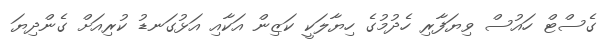
ގެސްޓް ހައުސް ވިޔަފާރި ހެދުމުގެ ހިޔާލަކީ ކަޒިން އަކާއި އަޅުގަނޑު ކުރިއަށް ގެންދިޔަ